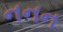
નનન